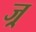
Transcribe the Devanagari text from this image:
ज्र्